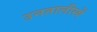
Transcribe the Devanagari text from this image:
उनतालीस्वें